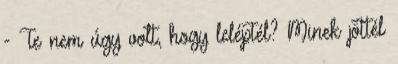
- Te nem úgy volt, hogy leléptél? Minek jöttél